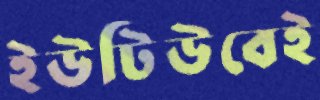
ইউটিউবেই